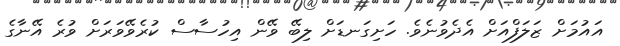
އައުމަށް ޒަލަފްއަށް އެދެވުނެވެ. ހަށިގަނޑަށް ލިބޭ ވޭން އިހުސާސް ކުރެވޭވަރަށް ވުރެ އޭނާގެ